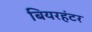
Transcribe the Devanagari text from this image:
बियरहंटर